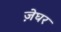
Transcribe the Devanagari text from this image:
ज़ेघर